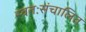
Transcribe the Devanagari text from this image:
स्वतःसंचालित